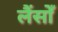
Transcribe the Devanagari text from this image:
लैंसोँ